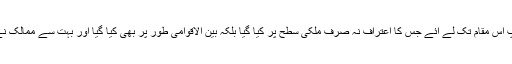
اس ادارے کو اپنی محنت اور تحقیقی سرگرمیوں کی بدولت آپ اس مقام تک لے آئے جس کا اعتراف نہ صرف ملکی سطح پر کیا گیا بلکہ بین الاقوامی طور پر بھی کیا گیا اور بہت سے ممالک نے اس ادارے کی کارکردگی سے متاثر ہوکر اس کی مدد کی۔